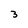
Character: 3